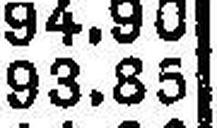
93.85